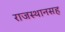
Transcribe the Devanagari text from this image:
राजस्थानसह